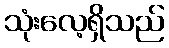
သုံးလေ့ရှိသည်